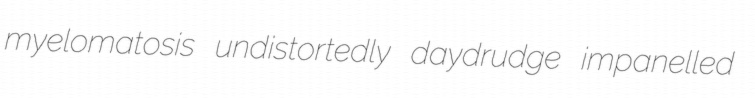
myelomatosis undistortedly daydrudge impanelled